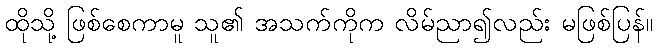
ထိုသို့ ဖြစ်စေကာမူ သူ၏ အသက်ကိုက လိမ်ညာ၍လည်း မဖြစ်ပြန်။